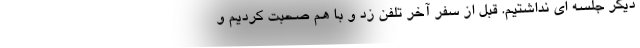
دیگر جلسه ای نداشتیم. قبل از سفر آخر تلفن زد و با هم صحبت کردیم و